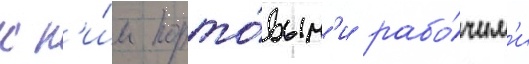
к н'и́м порто́вым'и рабо́чим'и